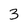
Character: 3